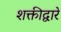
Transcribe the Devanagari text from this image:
शक्तीद्वारे